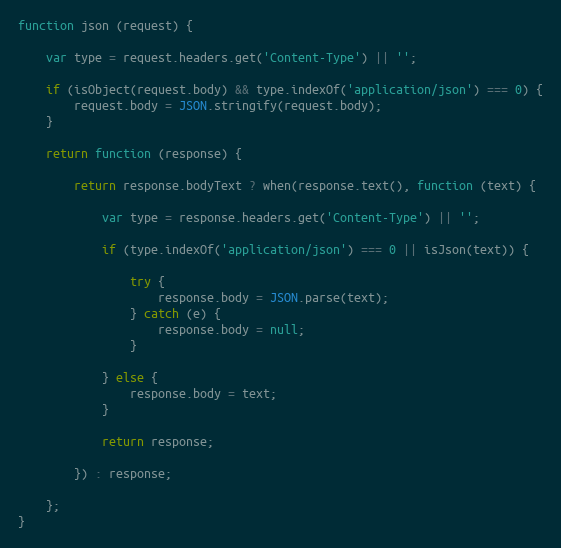
Language: JavaScript
function json (request) {

    var type = request.headers.get('Content-Type') || '';

    if (isObject(request.body) && type.indexOf('application/json') === 0) {
        request.body = JSON.stringify(request.body);
    }

    return function (response) {

        return response.bodyText ? when(response.text(), function (text) {

            var type = response.headers.get('Content-Type') || '';

            if (type.indexOf('application/json') === 0 || isJson(text)) {

                try {
                    response.body = JSON.parse(text);
                } catch (e) {
                    response.body = null;
                }

            } else {
                response.body = text;
            }

            return response;

        }) : response;

    };
}